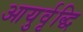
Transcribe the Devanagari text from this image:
आयुर्वृद्धि